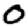
Digit: 0